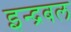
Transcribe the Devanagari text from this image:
इन्द्रबल